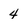
Character: 4